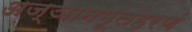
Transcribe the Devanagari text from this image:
अज्ञानमूलहरणं